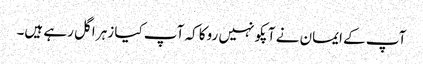
آپ کے ایمان نے آپکو نہیں روکا کہ آپ کیا زہر اگل رہے ہیں۔